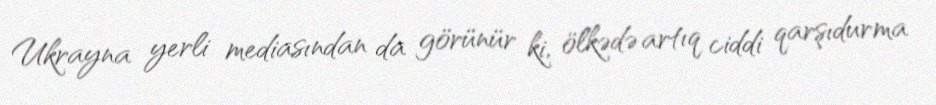
Ukrayna yerli mediasından da görünür ki, ölkədə artıq ciddi qarşıdurma